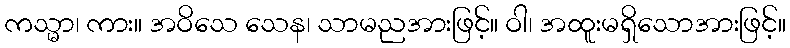
ကသ္မာ၊ ကား။ အဝိသေ သေန၊ သာမညအားဖြင့်။ ဝါ၊ အထူးမရှိသောအားဖြင့်။